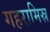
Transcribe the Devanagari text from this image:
गहरामिस्र